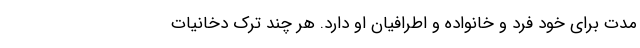
‌مدت برای خود فرد و خانواده و اطرافیان او دارد. هر چند ترک دخانیات